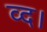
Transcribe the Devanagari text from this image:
व्द।